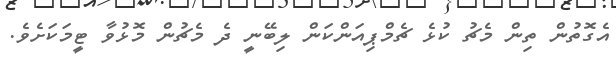
އެގޮތުން ތިން މެޗު ކުޅެ ޗެމްޕިއަންކަން ލިބޭނީ ދެ މެޗުން މޮޅުވާ ޓީމަކަށެވެ.